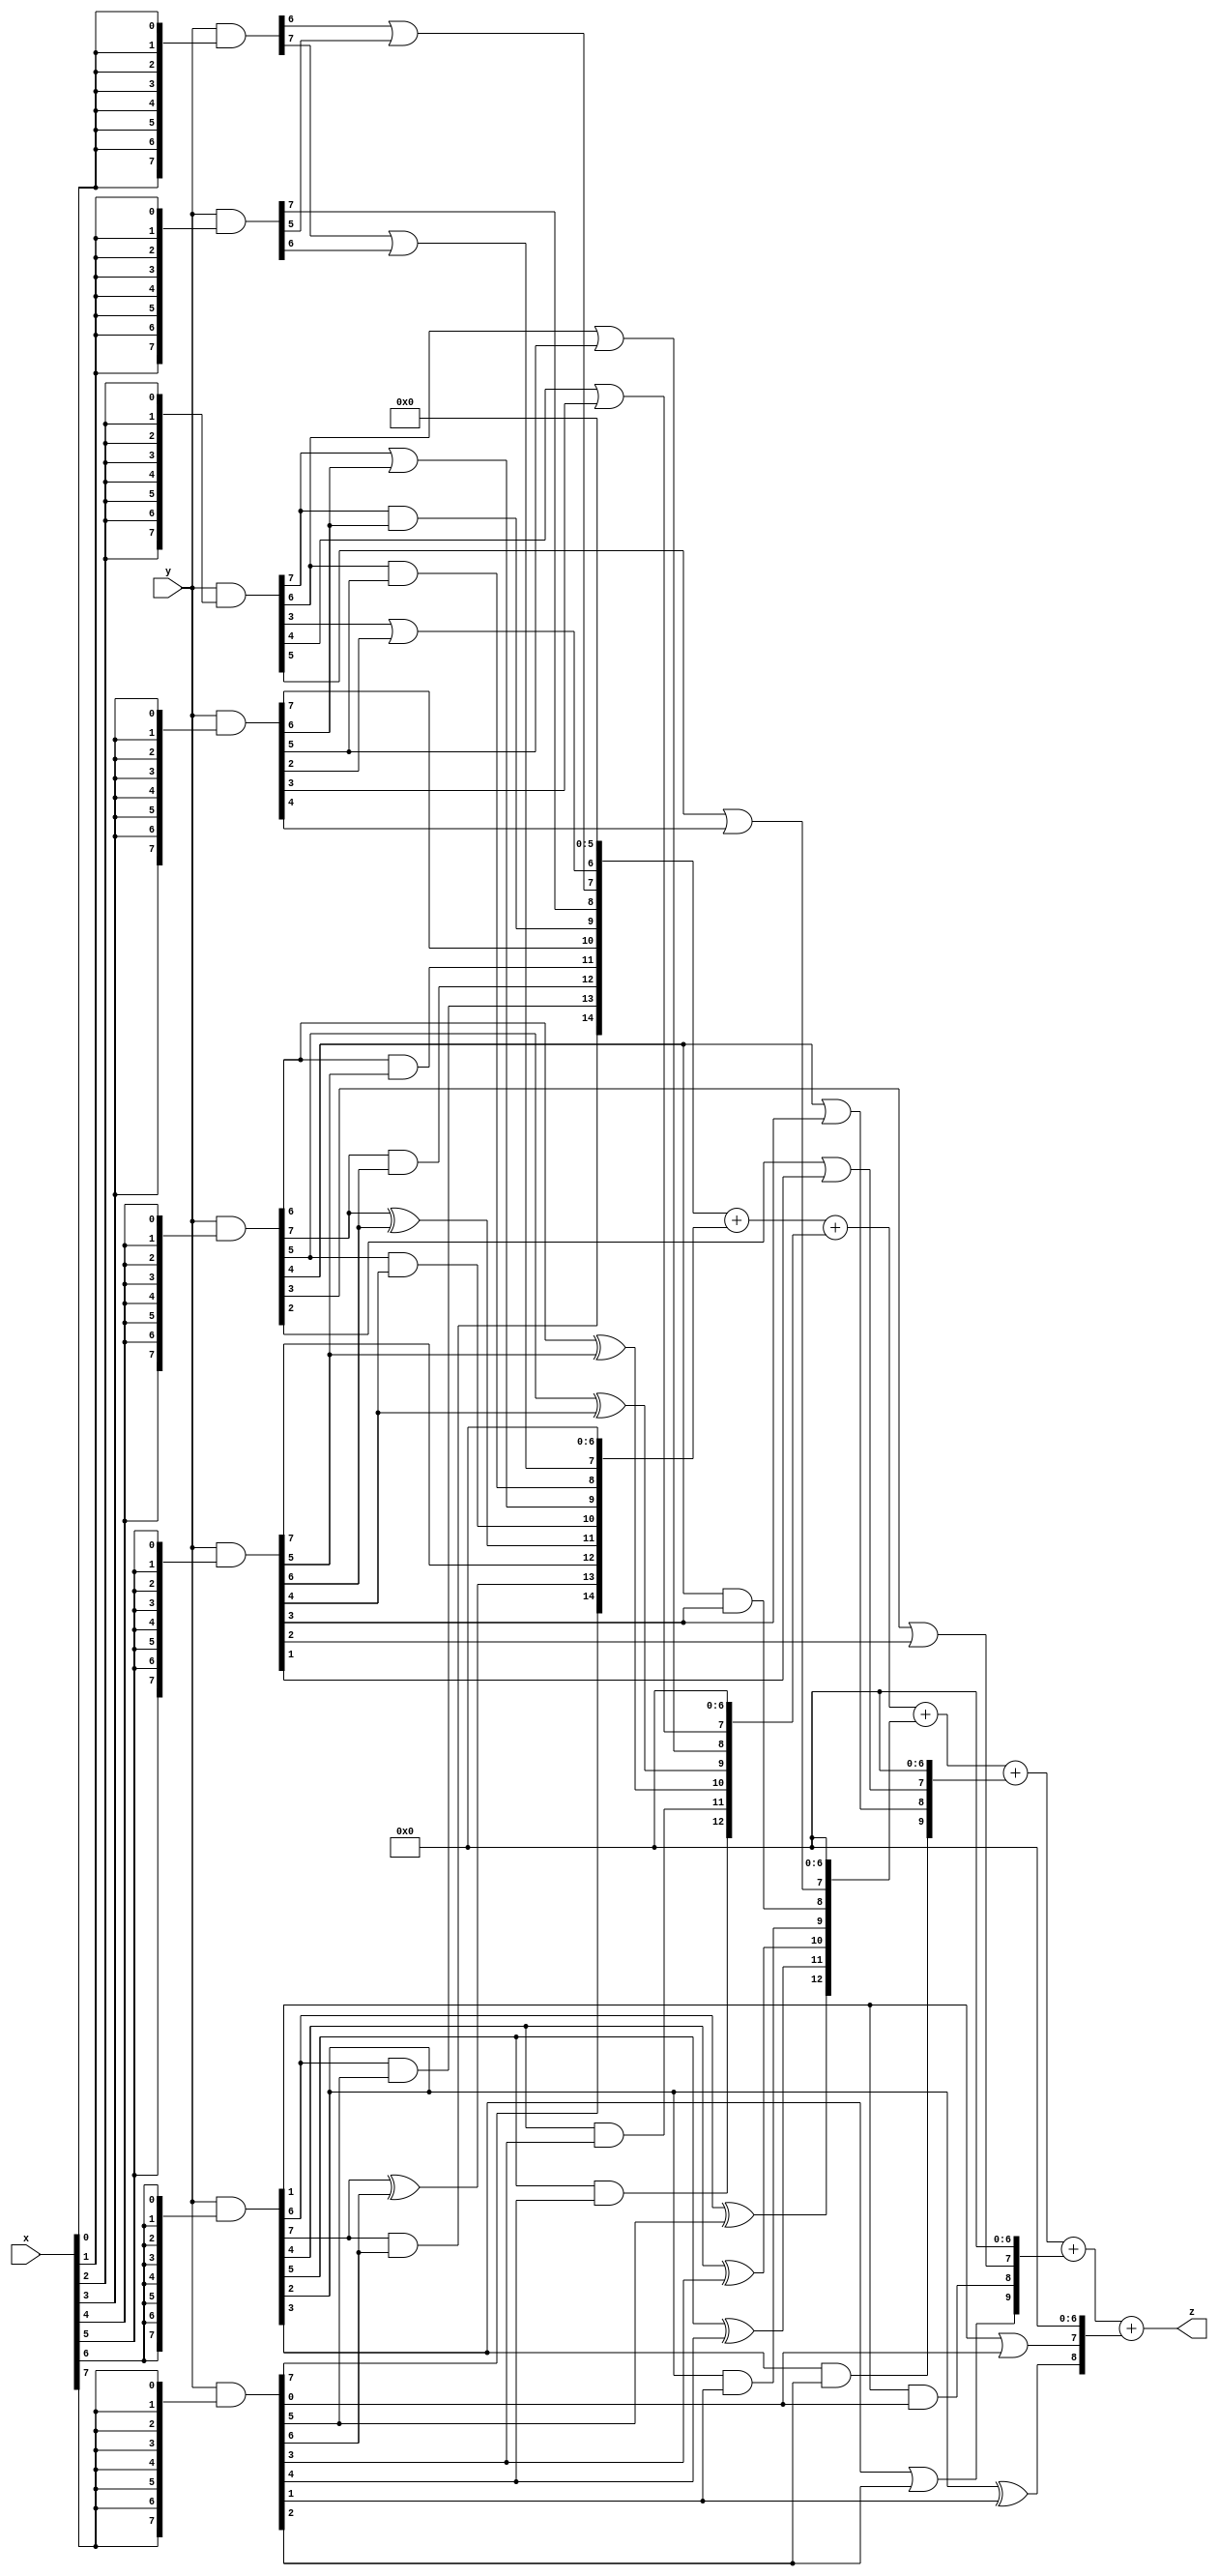
// terms: 37
// fval:  82480.25

module unsigned_8x8_l8_lamb2000_4 (
	input [7:0] x,
	input [7:0] y,
	output [15:0] z
);


wire [7:0] part1 =  y & {8{x[0]}};
wire [7:0] part2 =  y & {8{x[1]}};
wire [7:0] part3 =  y & {8{x[2]}};
wire [7:0] part4 =  y & {8{x[3]}};
wire [7:0] part5 =  y & {8{x[4]}};
wire [7:0] part6 =  y & {8{x[5]}};
wire [7:0] part7 =  y & {8{x[6]}};
wire [7:0] part8 =  y & {8{x[7]}};

wire [14:0] new_part1;
assign new_part1[0] = 0;
assign new_part1[1] = 0;
assign new_part1[2] = 0;
assign new_part1[3] = 0;
assign new_part1[4] = 0;
assign new_part1[5] = 0;
assign new_part1[6] = part3[3] | part4[2];
assign new_part1[7] = part1[6] | part2[5];
assign new_part1[8] = part2[7];
assign new_part1[9] = part3[7] & part4[6];
assign new_part1[10] = part4[7];
assign new_part1[11] = part5[6] & part6[5];
assign new_part1[12] = part5[7] & part6[6];
assign new_part1[13] = part7[6] & part8[5];
assign new_part1[14] = part7[7] & part8[6];

wire [14:0] new_part2;
assign new_part2[0] = 0;
assign new_part2[1] = 0;
assign new_part2[2] = 0;
assign new_part2[3] = 0;
assign new_part2[4] = 0;
assign new_part2[5] = 0;
assign new_part2[6] = 0;
assign new_part2[7] = part1[7] | part2[6];
assign new_part2[8] = part3[6] & part4[5];
assign new_part2[9] = part3[7] | part4[6];
assign new_part2[10] = part5[5] & part6[4];
assign new_part2[11] = part5[7] ^ part6[6];
assign new_part2[12] = part6[7];
assign new_part2[13] = part7[7] ^ part8[6];
assign new_part2[14] = part8[7];

wire [12:0] new_part3;
assign new_part3[0] = 0;
assign new_part3[1] = 0;
assign new_part3[2] = 0;
assign new_part3[3] = 0;
assign new_part3[4] = 0;
assign new_part3[5] = 0;
assign new_part3[6] = 0;
assign new_part3[7] = part3[4] | part4[3];
assign new_part3[8] = part3[6] | part4[5];
assign new_part3[9] = part5[5] ^ part6[4];
assign new_part3[10] = part5[6] ^ part6[5];
assign new_part3[11] = part7[4] & part8[3];
assign new_part3[12] = part7[5] & part8[4];

wire [12:0] new_part4;
assign new_part4[0] = 0;
assign new_part4[1] = 0;
assign new_part4[2] = 0;
assign new_part4[3] = 0;
assign new_part4[4] = 0;
assign new_part4[5] = 0;
assign new_part4[6] = 0;
assign new_part4[7] = part3[5] | part4[4];
assign new_part4[8] = part5[4] & part6[3];
assign new_part4[9] = part7[2] & part8[1];
assign new_part4[10] = part7[4] ^ part8[3];
assign new_part4[11] = part7[5] ^ part8[4];
assign new_part4[12] = part7[6] ^ part8[5];

wire [9:0] new_part5;
assign new_part5[0] = 0;
assign new_part5[1] = 0;
assign new_part5[2] = 0;
assign new_part5[3] = 0;
assign new_part5[4] = 0;
assign new_part5[5] = 0;
assign new_part5[6] = 0;
assign new_part5[7] = part5[2] | part6[1];
assign new_part5[8] = part5[4] | part6[3];
assign new_part5[9] = part7[3] & part8[2];

wire [9:0] new_part6;
assign new_part6[0] = 0;
assign new_part6[1] = 0;
assign new_part6[2] = 0;
assign new_part6[3] = 0;
assign new_part6[4] = 0;
assign new_part6[5] = 0;
assign new_part6[6] = 0;
assign new_part6[7] = part5[3] | part6[2];
assign new_part6[8] = part7[1] & part8[0];
assign new_part6[9] = part7[3] | part8[2];

wire [8:0] new_part7;
assign new_part7[0] = 0;
assign new_part7[1] = 0;
assign new_part7[2] = 0;
assign new_part7[3] = 0;
assign new_part7[4] = 0;
assign new_part7[5] = 0;
assign new_part7[6] = 0;
assign new_part7[7] = part7[1] | part8[0];
assign new_part7[8] = part7[2] ^ part8[1];

assign z = new_part1 + new_part2 + new_part3 + new_part4 + new_part5 + new_part6 + new_part7;
endmodule